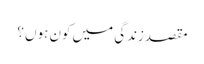
مقصدِزندگی میں کون ہوں ؟